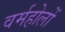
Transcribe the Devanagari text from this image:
वर्महोलों